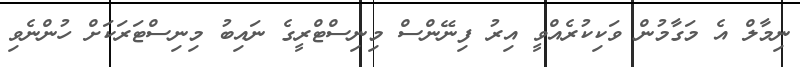
ނިމާލް އެ މަގާމުން ވަކިކުރެއްވީ އިރު ފިނޭންސް މިނިސްޓްރީގެ ނައިބު މިނިސްޓަރަކަށް ހުންނެވި